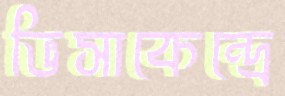
ভিসাকেন্দ্রে